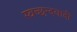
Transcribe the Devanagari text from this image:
स्वच्छन्दवादी